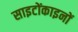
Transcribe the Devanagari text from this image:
साइटोंकाइनों